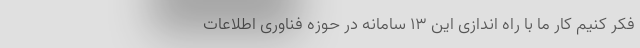
فکر کنیم کار ما با راه اندازی این ۱۳ سامانه در حوزه فناوری اطلاعات